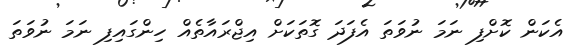
އެކަން ކޮށްފި ނަމަ ނުވަތަ އެފަދަ ގޮތަކަށް އިޖްރައާތެއް ހިންގައިފި ނަމަ ނުވަތަ